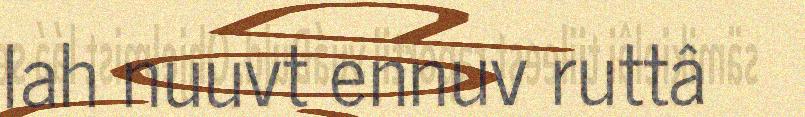
lah nuuvt ennuv ruttâ